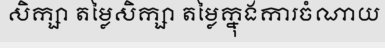
សិក្សា តម្លៃសិក្សា តម្លៃក្នុងការចំណាយ